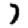
Digit: 7